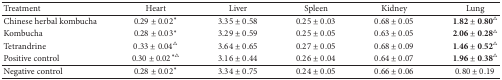
<table><thead><tr><td><b>Treatment</b></td><td><b>Heart</b></td><td><b>Liver</b></td><td><b>Spleen</b></td><td><b>Kidney</b></td><td><b>Lung</b></td></tr></thead><tbody><tr><td>Chinese herbal kombucha </td><td>0.29 ± 0.02*</td><td>3.35 ± 0.58</td><td>0.25 ± 0.03</td><td>0.68 ± 0.05</td><td>1.82 ± 0.80<sup>∆</sup></td></tr><tr><td>Kombucha </td><td>0.28 ± 0.03*</td><td>3.29 ± 0.59</td><td>0.25 ± 0.05</td><td>0.63 ± 0.05</td><td>2.06 ± 0.28<sup>∆</sup></td></tr><tr><td>Tetrandrine </td><td>0.33 ± 0.04<sup>∆</sup></td><td>3.64 ± 0.65</td><td>0.27 ± 0.05</td><td>0.68 ± 0.09</td><td>1.46 ± 0.52<sup>∆</sup></td></tr><tr><td>Positive control </td><td>0.30 ± 0.02<sup>∗∆</sup></td><td>3.16 ± 0.44</td><td>0.26 ± 0.04</td><td>0.64 ± 0.07</td><td>1.96 ± 0.38<sup>∆</sup></td></tr><tr><td>Negative control </td><td>0.28 ± 0.02*</td><td>3.34 ± 0.75</td><td>0.24 ± 0.05</td><td>0.66 ± 0.06</td><td>0.80 ± 0.19</td></tr></tbody></table>